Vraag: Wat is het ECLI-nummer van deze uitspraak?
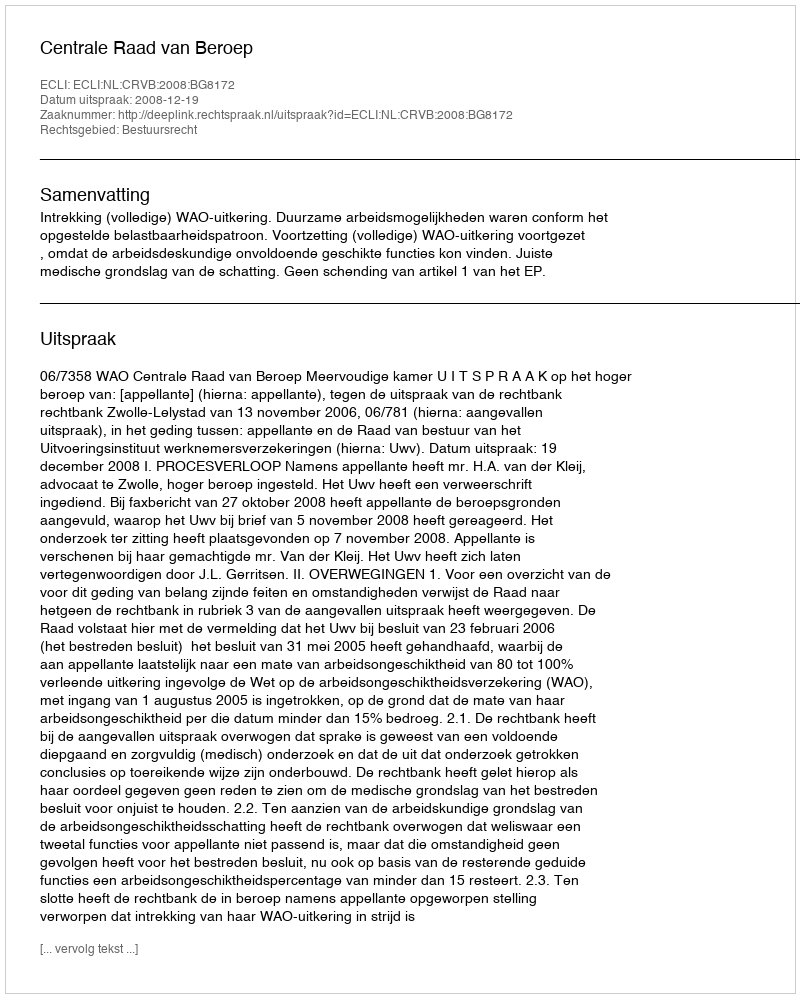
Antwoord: ECLI:NL:CRVB:2008:BG8172